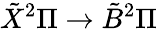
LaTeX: \tilde{X}{}^{2}\Pi\rightarrow\tilde{B}{}^{2}\Pi